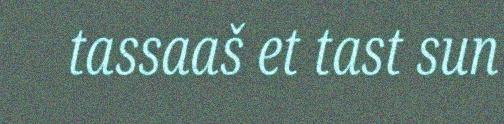
tassaaš et tast sun